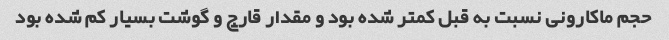
حجم ماکارونی نسبت به قبل کمتر شده بود و مقدار قارچ و گوشت بسیار کم شده بود